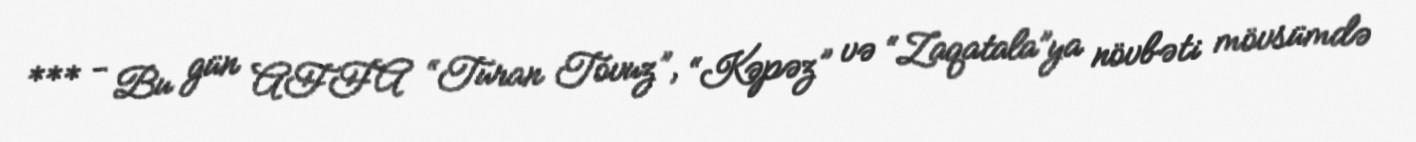
*** - Bu gün AFFA “Turan Tovuz”, “Kəpəz” və “Zaqatala”ya növbəti mövsümdə